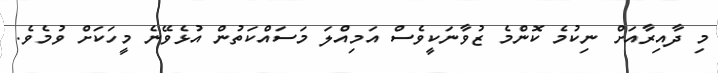
މި ދާއިރާއަށް ނިކުމެ ކޮންމެ ޒުވާނަކީވެސް އަމިއްލަ މަސައްކަތުން އުޅެވޭނެ މީހަކަށް ވުމެވެ.